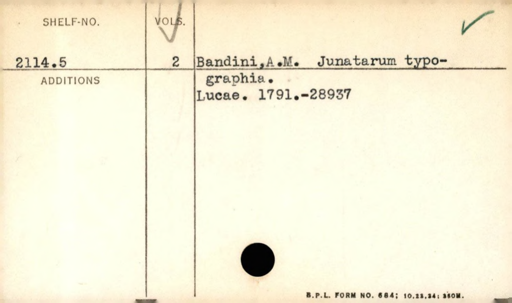
Label: content